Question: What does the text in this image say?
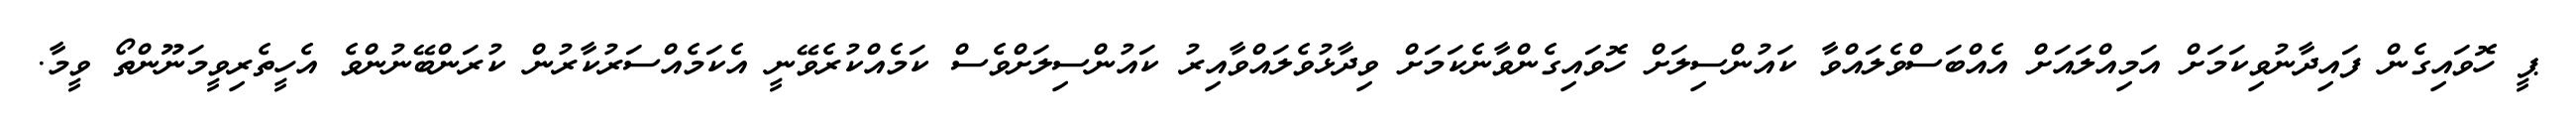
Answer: ޕީ ހޮވައިގެން ފައިދާނުވިކަމަށް އަމިއްލައަށް އެއްބަސްވެލައްވާ ކައުންސިލަށް ހޮވައިގެންވާނެކަމަށް ވިދާޅުވެލައްވާއިރު ކައުންސިލަށްވެސް ކަމެއްކުރެވޭނީ އެކަމެއްސަރުކާރުން ކުރަންބޭނުންވެ އެހީތެރިވީމަނޫންތޯ ވީމާ.